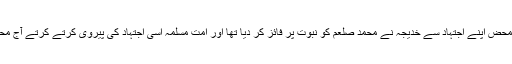
اس سے صاف پتا چلتا ہے کہ محض اپنے اجتہاد سے خدیجہ نے محمد صلعم کو نبوت پر فائز کر دیا تھا اور امت مسلمہ اسی اجتہاد کی پیروی کرتے کرتے آج محمد صلعم کو نبی مان رہی ہے۔